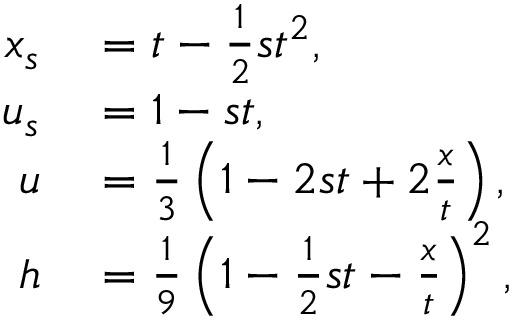
\begin{array} { r l } { x _ { s } } & { { } = t - \frac { 1 } { 2 } s t ^ { 2 } , } \\ { u _ { s } } & { { } = 1 - s t , } \\ { u } & { { } = \frac { 1 } { 3 } \left( 1 - 2 s t + 2 \frac { x } { t } \right) , } \\ { h } & { { } = \frac { 1 } { 9 } \left( 1 - \frac { 1 } { 2 } s t - \frac { x } { t } \right) ^ { 2 } , } \end{array}